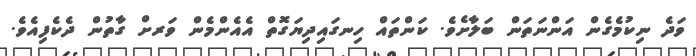
ވަދެ ނިކުމެގެން އަންނަތަން ބަލާށެވެ. ކަންތައް ހިނގައިދިޔަގޮތް އެއެންމެން ވަރށް ގާތުން ދެކެފިއެވެ.